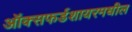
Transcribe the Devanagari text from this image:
ऑक्सफर्डशायरमधील